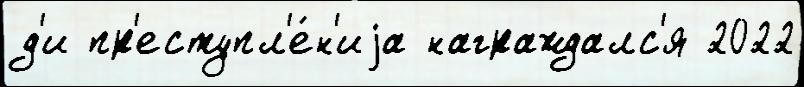
д'и пр'еступл'е́н'иjа награждалс'я 2022